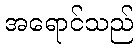
အရောင်သည်